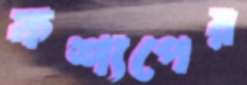
কশ্যপের